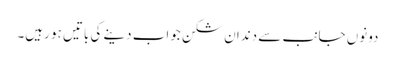
دونوں جانب سے دندان شکن جواب دینے کی باتیں ہو رہیں۔